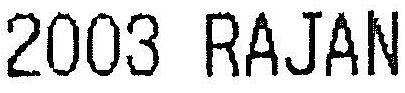
2003 RAJAN